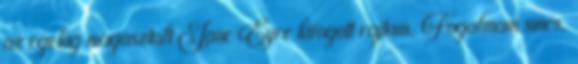
az egekig magasztalt Jane Eyre kifogott rajtam. Fogalmam sincs,